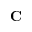
\mathbf { C }